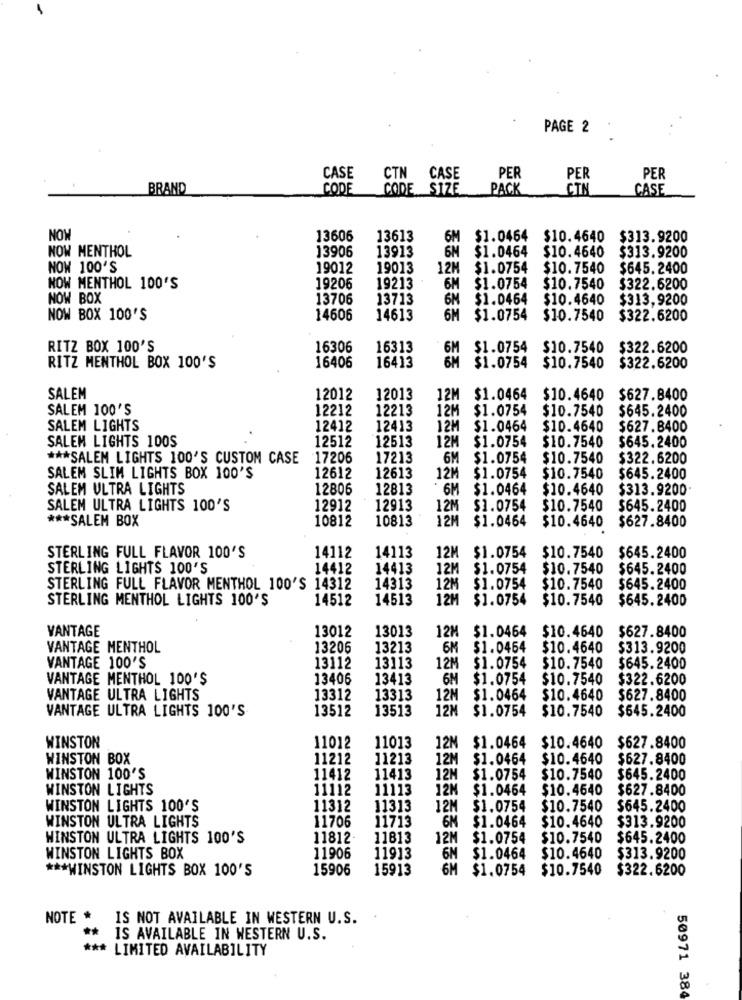
PAGE 2
CASE
CTN CASE
PER
PER
PER
BRAND
CODE
CODE SIZE
PACK
CIN
CASE
NOW
13606
13613
6M
$1.0464 $10.4640
$313.9200
NOW MENTHOL
13906
13913
6M
$1.0464
$10.4640
$313.9200
NOW 100'S
19012
19013
12M
$1.0754
$10.7540
$645.2400
NOW MENTHOL 100'S
19206
19213
6M
$1.0754
$10.7540
$322.6200
NOW BOX
13706
13713
6M
$1.0464
$10.4640
$313,9200
NOW BOX 100'S
14606
14613
6M
$1.0754
$10.7540
$322.6200
RITZ BOX 100'S
16306
16313
6M
$1.0754
$10.7540
$322.6200
16413
6M
RITZ MENTHOL BOX 100'S
16406
$1.0754
$10.7540
$322.6200
SALEM
12012
12013
12M $1.0464
$10.4640
$627.8400
SALEM 100'S
12212
12213
12M
$1.0754
$10.7540
$645.2400
SALEM LIGHTS
12412
12413
12M
$1.0464
$10.4640
$627.8400
SALEM LIGHTS 100S
12512
12513
12M
$1.0754
$10.7540
$645.2400
*** SALEM LIGHTS 100'S CUSTOM CASE
17206
17213
6M
$1.0754
$10.7540
$322.6200
SALEM SLIM LIGHTS BOX 100'S
12612
12613
12M
$1.0754
$10.7540
$645.2400
SALEM ULTRA LIGHTS
12806
12813
6M
$1.0464
$10.4640
$313.9200
SALEM ULTRA LIGHTS 100'S
12912
12913
12M
$1.0754
$10.7540
$645.2400
*** SALEM BOX
10812
10813
12M
$1.0464
$627.8400
$10.4640
12M
STERLING FULL FLAVOR 100'S
14112
14113
$1.0754
$10.7540
$645.2400
STERLING LIGHTS 100'S
14412
14413
12M
$1.0754
$10.7540
$645.2400
STERLING FULL FLAVOR MENTHOL 100'S 14312
14313
12M
$1.0754
$10.7540
$645.2400
STERLING MENTHOL LIGHTS 100'S
14512
14513
12₽
$1.0754
$10.7540
$645.2400
VANTAGE
13012
13013
12M
$1.0464
$10.4640
$627.8400
VANTAGE MENTHOL
13206
13213
6M
$1.0464
$10.4640
$313.9200
VANTAGE 100'S
13112
13113
12M
$1.0754
$10.7540
$645.2400
VANTAGE MENTHOL 100'S
13406
13413
6M
$1.0754
$10.7540
$322.6200
VANTAGE ULTRA LIGHTS
13312
13313
12M
$1.0464
$10.4640
$627.8400
VANTAGE ULTRA LIGHTS 100'S
13512
13513
12M
$1.0754
$10.7540
$645.2400
WINSTON
11012
11013
12M
$1.0464
$10.4640 $627.8400
WINSTON BOX
11212
11213
12M
$1.0464
$10.4640
$627.8400
WINSTON 100'S
11412
11413
12M
$1.0754
$10.7540
$645.2400
WINSTON LIGHTS
11112
11113
12M
$1.0464
$10.4640
$627.8400
WINSTON LIGHTS 100'S
11312
11313
12M
$1.0754
$10.7540
$645.2400
WINSTON ULTRA LIGHTS
11706
11713
6M
$1.0464
$313.9200
$10.4640
WINSTON ULTRA LIGHTS 100'S
11812-
11813
12M
$1.0754
$10.7540
$645.2400
11913
6M
WINSTON LIGHTS BOX
11906
$1.0464
$10.4640
$313.9200
*** WINSTON LIGHTS BOX 100'S
15906
15913
6M
$1.0754 $10.7540
$322.6200
NOTE * IS NOT AVAILABLE IN WESTERN U.S.
**
IS AVAILABLE IN WESTERN U.S.
*** LIMITED AVAILABILITY
50971 384